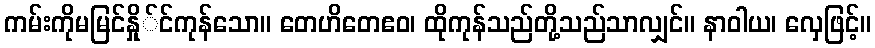
ကမ်းကိုမမြင်နှို်င်ကုန်သော။ တေဟိတေဧဝ၊ ထိုကုန်သည်တို့သည်သာလျှင်။ နာဝါယ၊ လှေဖြင့်။